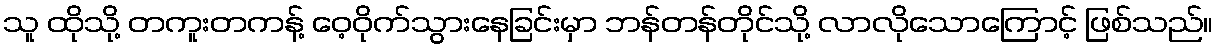
သူ ထိုသို့ တကူးတကန့် ဝေ့ဝိုက်သွားနေခြင်းမှာ ဘန်တန်တိုင်သို့ လာလိုသောကြောင့် ဖြစ်သည်။